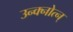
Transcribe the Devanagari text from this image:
उन्क्नोत्न्